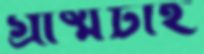
গ্রীষ্মটাই